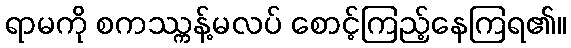
ရာမကို စကဿ္ကန့်မလပ် စောင့်ကြည့်နေကြရ၏။